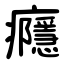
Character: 癮